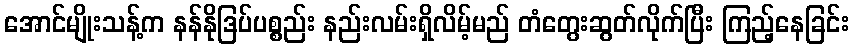
အောင်မျိုးသန့်က နန်နိုဒြပ်ပစ္စည်း နည်းလမ်းရှိလိမ့်မည် တံတွေးဆွတ်လိုက်ပြီး ကြည့်နေခြင်း